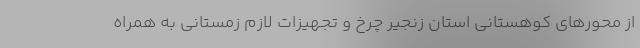
از محورهای کوهستانی استان زنجیر چرخ و تجهیزات لازم زمستانی به همراه